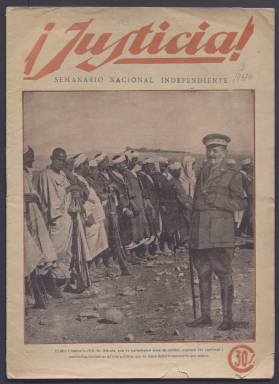
Título: ¡Justicia! (Madrid. 1923)
Colección: Periódicos
Ámbito geográfico: Madrid
Lugar de publicación: Madrid
Fechas: 16/08/1923-20/12/1923